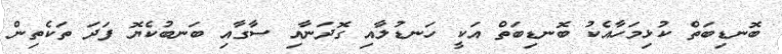
ބޮނޑިބަތް ކުޅިމަހާއެކު ބޮނޑިބަތް އަކީ ހަނޑުލާއި ގޮދަނާއި ސާގާއި ބަނބުކެޔޮ ފަދަ ތަކެތިން